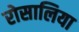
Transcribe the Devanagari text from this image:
रोसालिया